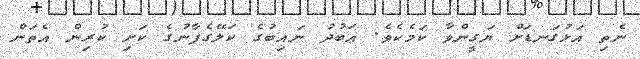
ނެތި އަޅުގަނޑަށް ޔަގީންވާ ކަމެކެވެ. ޢަބުދު ނައިބުގެ ކަލޭގެފާނުގެ ކަށި ކުރިން އެތަން